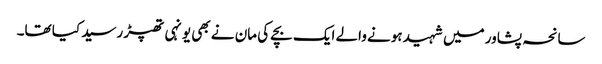
سانحہ پشاور میں شہید ہونے والے ایک بچے کی مان نے بھی یونہی تھپڑ رسید کیا تھا۔